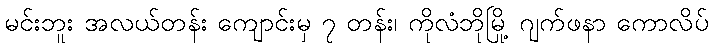
မင်းဘူး အလယ်တန်း ကျောင်းမှ ၇ တန်း၊ ကိုလံဘိုမြို့ ဂျက်ဖနာ ကောလိပ်